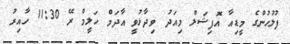
ފުލުހުންގެ މީޑިއާ އޮފިޝަލް މިއަދު ވިދާޅުވީ އާދަމް ހަލީމް ރޭ 11:30 ހާއިރު